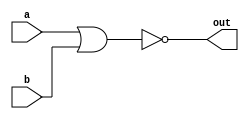
`timescale 1ns / 1ps
//////////////////////////////////////////////////////////////////////////////////
// Company: 
// Engineer: 
// 
// Design Name: 
// Module Name:    NOR_2x1 
// Project Name: 
// Target Devices: 
// Tool versions: 
// Description: 
//
// Dependencies: 
//
// Revision: 
// Revision 0.01 - File Created
// Additional Comments: 
//
//////////////////////////////////////////////////////////////////////////////////
module NOR_2x1(a,b,out);
input a,b;
output out;

assign out = ~(a|b);
endmodule